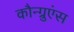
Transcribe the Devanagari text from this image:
कौन्ग्रुएंस